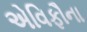
એવિફૌના